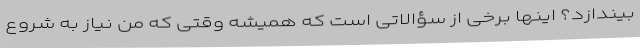
بیندازد؟ اینها برخی از سؤالاتی است که همیشه وقتی که من نیاز به شروع